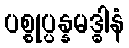
ပစ္စုပ္ပန္နမဒ္ဓါနံ